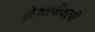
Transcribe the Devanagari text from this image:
शेक्सपीयरची